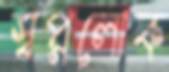
স্বপ্নলোক